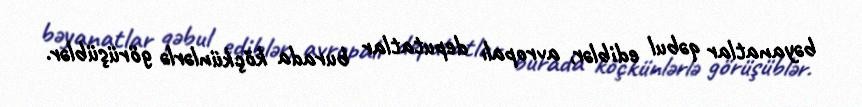
bəyanatlar qəbul ediblər, avropalı deputatlar burada köçkünlərlə görüşüblər.